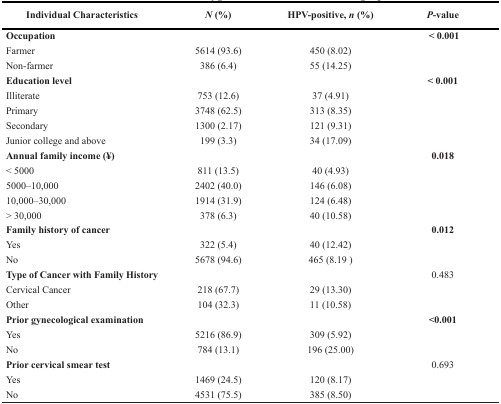
<table><thead><tr><td><b>Individual Characteristics</b></td><td><b><i>N</i> (%)</b></td><td><b>HPV-positive, <i>n</i> (%)</b></td><td><b><i>P</i>-value</b></td></tr></thead><tbody><tr><td><b>Occupation</b></td><td></td><td></td><td><b>&lt; 0.001</b></td></tr><tr><td>Farmer</td><td>5614 (93.6)</td><td>450 (8.02)</td><td></td></tr><tr><td>Non-farmer</td><td>386 (6.4)</td><td>55 (14.25)</td><td></td></tr><tr><td><b>Education level</b></td><td></td><td></td><td><b>&lt; 0.001</b></td></tr><tr><td>Illiterate</td><td>753 (12.6)</td><td>37 (4.91)</td><td></td></tr><tr><td>Primary</td><td>3748 (62.5)</td><td>313 (8.35)</td><td></td></tr><tr><td>Secondary</td><td>1300 (2.17)</td><td>121 (9.31)</td><td></td></tr><tr><td>Junior college and above</td><td>199 (3.3)</td><td>34 (17.09)</td><td></td></tr><tr><td><b>Annual family income (¥)</b></td><td></td><td></td><td><b>0.018</b></td></tr><tr><td>&lt; 5000</td><td>811 (13.5)</td><td>40 (4.93)</td><td></td></tr><tr><td>5000–10,000</td><td>2402 (40.0)</td><td>146 (6.08)</td><td></td></tr><tr><td>10,000–30,000</td><td>1914 (31.9)</td><td>124 (6.48)</td><td></td></tr><tr><td>&gt; 30,000</td><td>378 (6.3)</td><td>40 (10.58)</td><td></td></tr><tr><td><b>Family history of cancer</b></td><td></td><td></td><td><b>0.012</b></td></tr><tr><td>Yes</td><td>322 (5.4)</td><td>40 (12.42)</td><td></td></tr><tr><td>No</td><td>5678 (94.6)</td><td>465 (8.19)</td><td></td></tr><tr><td><b>Type of Cancer with Family History</b></td><td></td><td></td><td>0.483</td></tr><tr><td>Cervical Cancer</td><td>218 (67.7)</td><td>29 (13.30)</td><td></td></tr><tr><td>Other</td><td>104 (32.3)</td><td>11 (10.58)</td><td></td></tr><tr><td><b>Prior gynecological examination</b></td><td></td><td></td><td><b>&lt;0.001</b></td></tr><tr><td>Yes</td><td>5216 (86.9)</td><td>309 (5.92)</td><td></td></tr><tr><td>No</td><td>784 (13.1)</td><td>196 (25.00)</td><td></td></tr><tr><td><b>Prior cervical smear test</b></td><td></td><td></td><td>0.693</td></tr><tr><td>Yes</td><td>1469 (24.5)</td><td>120 (8.17)</td><td></td></tr><tr><td>No</td><td>4531 (75.5)</td><td>385 (8.50)</td><td></td></tr></tbody></table>